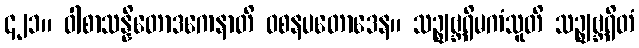
၄၂၁။ ဝါစာသန္နိတောဒကေနာတိ ဝစနပတောဒေန။ သဉ္ဈဗ္ဘရိမကံသူတိ သဉ္ဈဗ္ဘရိတံ